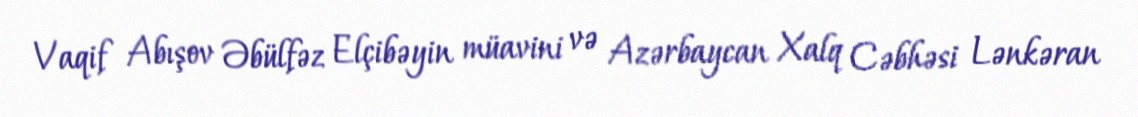
Vaqif Abışov Əbülfəz Elçibəyin müavini və Azərbaycan Xalq Cəbhəsi Lənkəran